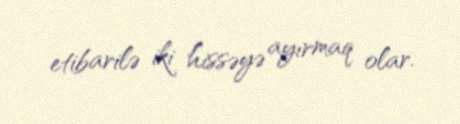
etibarilə iki hissəyə ayırmaq olar.